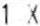
1 X